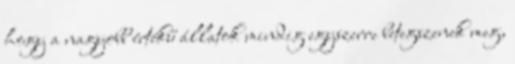
hogy a nagyobb értékű állatok mindig egyszerre betegszenek meg,